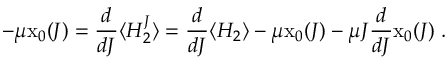
- \mu \mathrm { x } _ { 0 } ( J ) = \frac { d } { d J } \langle H _ { 2 } ^ { J } \rangle = \frac { d } { d J } \langle H _ { 2 } \rangle - \mu \mathrm { x } _ { 0 } ( J ) - \mu J \frac { d } { d J } \mathrm { x } _ { 0 } ( J ) \; .